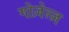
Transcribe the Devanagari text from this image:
गोज़ेल्ज़